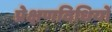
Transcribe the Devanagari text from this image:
प्रेक्षणविधियों